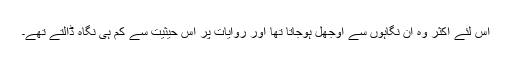
اس لئے اکثر وہ ان نگاہوں سے اوجھل ہوجاتا تھا اور روایات پر اس حیثیت سے کم ہی نگاہ ڈالتے تھے۔